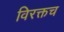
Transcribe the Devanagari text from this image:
विरक्तच